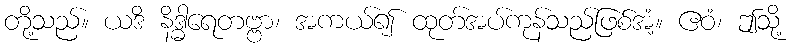
တို့သည်။ ယဒိ နိဒ္ဓါရေတဗ္ဗာ၊ အကယ်၍ ထုတ်အပ်ကုန်သည်ဖြစ်အံ့။ ဧဝံ၊ ဤသို့